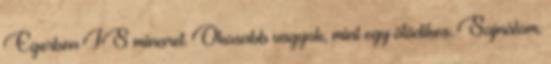
Egerben IS minaret. Okosabb vagyok, mint egy ötödikes. Sajnálom.